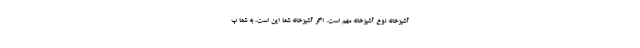
آشپزخانه نوع آشپزخانه مهم است. اگر آشپزخانه شما اپن است، به شما پ